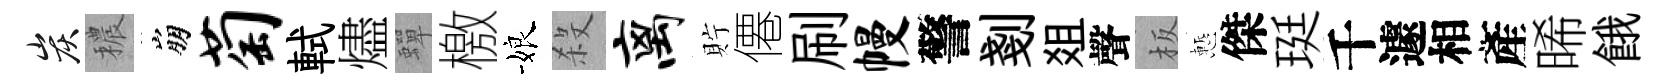
炭穠崩萄軾燼蟬檄娘殺离貯僊刷幔警剗爼聲板慙傑珽千遽相產晞餓